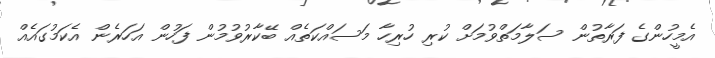
އެމީހުންގެ ފަރާތުން ސަލާމަތްވުމަށް ކުރި ހުރިހާ މަސައްކަތެއް ބޭކާރުވުމުން ފަހުން އަހަރެން އެކަމުގައެއް